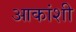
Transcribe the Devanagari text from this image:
आकांशी